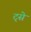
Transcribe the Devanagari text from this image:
ट्से